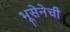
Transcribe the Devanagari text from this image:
भूसेनेची